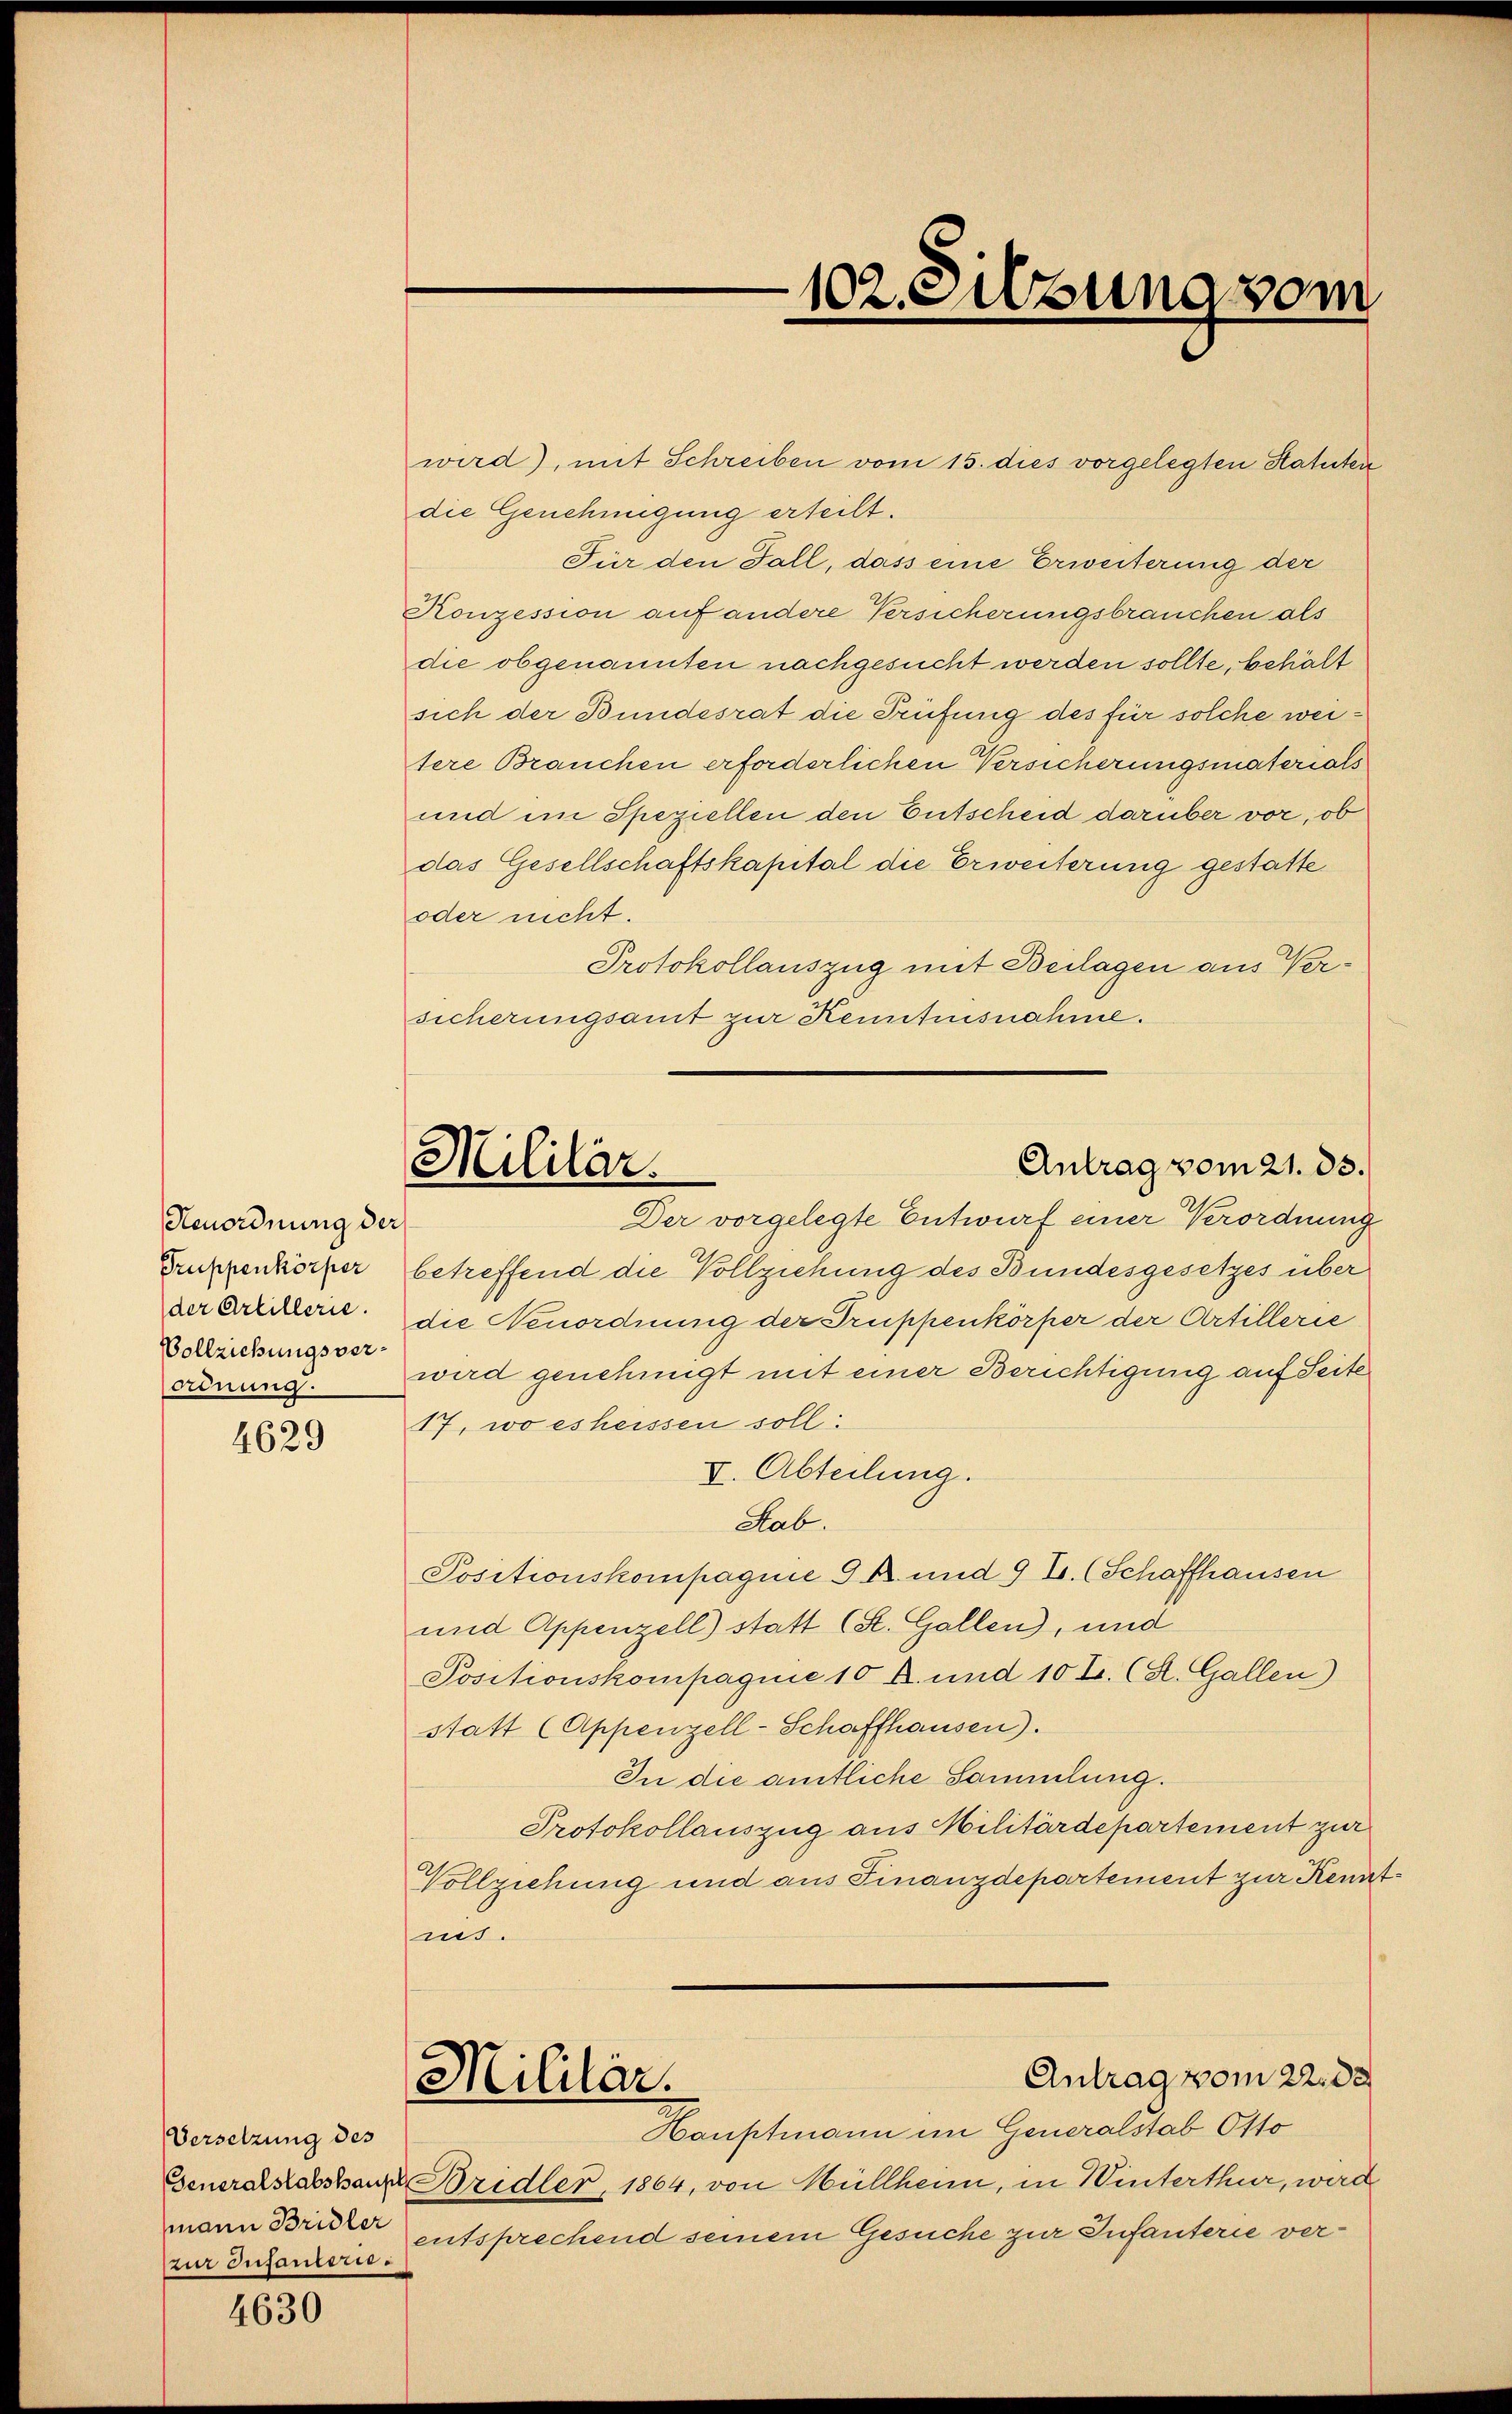
Kenordnung der
Truppenkörper
der Artillerie.
Vollziehungsverordnung.

4629

Versetzung des
mann Bridler
zur Infaniere.

4630

wird), mit Schreiben vom 15. dies vorgelegten Statuten
die Genehmigung erteilt.
Für den Fall, dass eine Erweiterung der
Konzession auf andere Versicherungsbrauchen als
die obgenannten nachgesucht werden sollte, behält
sich der Bundesrat die Prüfung des für solche weitere Brauchen erforderlichen Versicherungsmaterials
und im Speziellen den Entscheid darüber vor, ob
das Gesellschaftskapital die Erweiterung gestatte
oder nicht.
Protokollauszug mit Beilagen aus Versicherungsamt zur Kenntnisnahme.
betreffend die Vollziehung des Bundesgesetzes über
die Nenordnung der Truppenkörper der Artillerie
wird genehmigt mit einer Berichtigung auf Seite
17, wo es heissen soll:
V. Abteilung.
Sab.
Positionskompagnie G. K. und 9 T. (Schaffhausen
und Appenzell) statt (St. Gallen), und
Positionskompagnie 10 A. und 10 Z. (St. Gallen)
statt (Appenzell-Schaffhausen).
In die amtliche Sammlung.
Protokollauszug aus Militärdepartement zur
Vollziehung und aus Finanzdepartement zur Kennt
mis.
Antrag vom 22. d.
Militär.
Hauptmann im Generalstab Otto
Generalkonstanz Bridler, 1864, von Müllheim, in Winterthur, wird
entsprechend seinem Gesuche zur Infanterie ver¬

102. Silzung vom

Antrag vom 21. ds.
Mililär.
Der vorgelegte Entwurf einer Verordnung